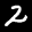
Label: 2